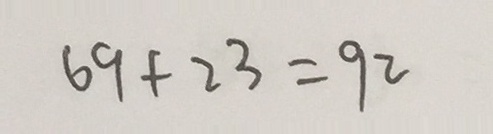
6 9 + 2 3 = 9 2